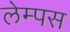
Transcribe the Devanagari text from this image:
लेम्पस